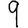
Digit: 9